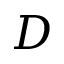
D